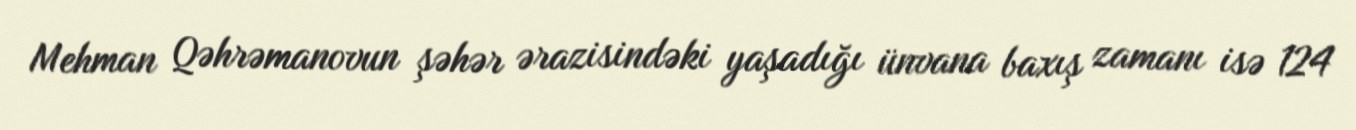
Mehman Qəhrəmanovun şəhər ərazisindəki yaşadığı ünvana baxış zamanı isə 124